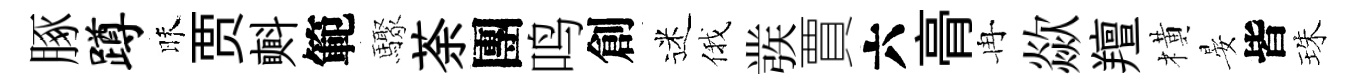
䐁蹲昧贾㪺範驟荼團鸣創迷俄彂賈六𮌔冉歘羶橫晏皆珠